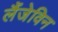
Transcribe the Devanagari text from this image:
लैंजेविन